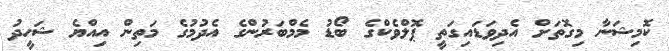
ކޮމިޝަނާ މިގޮތަށް އެދިވަޑައިގަތީ ޕޮލްވެކްގެ ބޯޑު މެމްބަރުންގެ އެދުމުގެ މަތިން އިއްޔެ ޝަހީދު